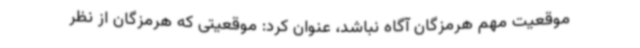
موقعیت مهم هرمزگان آگاه نباشد، عنوان کرد: موقعیتی که هرمزگان از نظر